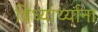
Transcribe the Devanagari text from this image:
विध्यार्थ्याना